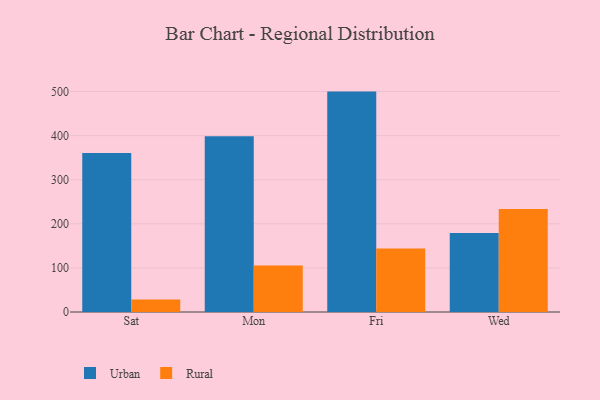
{"axis": {"x": "Day", "y": "Demand Index"}, "legend": ["Rural", "Urban"], "data": [{"x": "Sat", "y": 360.4, "type": "Urban"}, {"x": "Sat", "y": 28.2, "type": "Rural"}, {"x": "Mon", "y": 398.4, "type": "Urban"}, {"x": "Mon", "y": 105.5, "type": "Rural"}, {"x": "Fri", "y": 499.9, "type": "Urban"}, {"x": "Fri", "y": 143.8, "type": "Rural"}, {"x": "Wed", "y": 179.4, "type": "Urban"}, {"x": "Wed", "y": 233.6, "type": "Rural"}]}